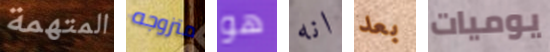
المتهمة متزوجه هو انه بعد يوميات